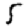
Digit: 5